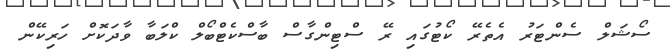
ސޯޝަލް ސެންޓަރު އެތެރޭ ކޯޓުގައި ރޭ ސްޓިންގާސް ބާސްކެޓްބޯލް ކްލަބާ ވާދަކޮށް ހަރިކޭން